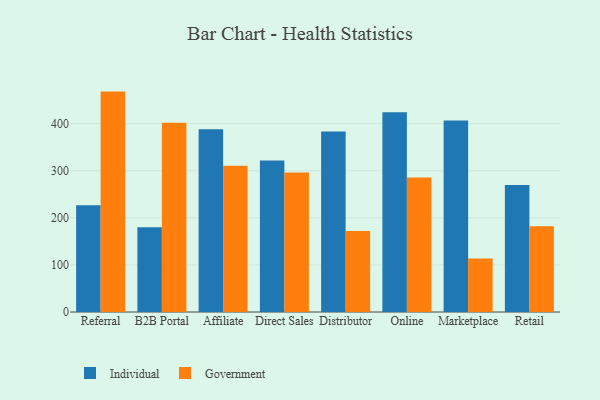
{"axis": {"x": "Channel", "y": "LTV (USD)"}, "legend": ["Government", "Individual"], "data": [{"x": "Referral", "y": 226.6, "type": "Individual"}, {"x": "Referral", "y": 467.9, "type": "Government"}, {"x": "B2B Portal", "y": 180.0, "type": "Individual"}, {"x": "B2B Portal", "y": 401.8, "type": "Government"}, {"x": "Affiliate", "y": 387.8, "type": "Individual"}, {"x": "Affiliate", "y": 310.4, "type": "Government"}, {"x": "Direct Sales", "y": 321.6, "type": "Individual"}, {"x": "Direct Sales", "y": 296.1, "type": "Government"}, {"x": "Distributor", "y": 383.0, "type": "Individual"}, {"x": "Distributor", "y": 171.7, "type": "Government"}, {"x": "Online", "y": 423.9, "type": "Individual"}, {"x": "Online", "y": 285.7, "type": "Government"}, {"x": "Marketplace", "y": 406.3, "type": "Individual"}, {"x": "Marketplace", "y": 113.4, "type": "Government"}, {"x": "Retail", "y": 269.6, "type": "Individual"}, {"x": "Retail", "y": 181.9, "type": "Government"}]}